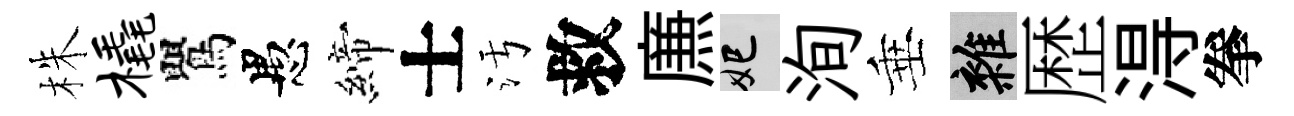
株橇鸎愚締士污救㢘妃洵垂雜歴淂拳